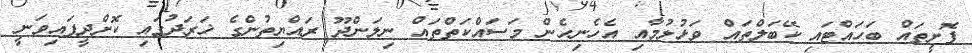
ފޮށީތައް ބަހައްޓައި ކޭބަލްތައް ވަޅުލުމާއި އެހެނިހެން މަސައްކަތްތައް ނިލަންދޫ ރައްޔިތުންގެ ޚަރަދުގައި ކޮށްދީފައިވަނީ